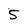
Character: 5